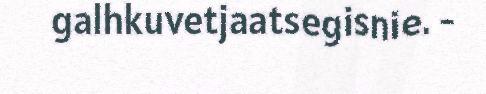
galhkuvetjaatsegisnie. -